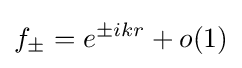
f_{\pm }=e^{\pm ikr}+o(1)